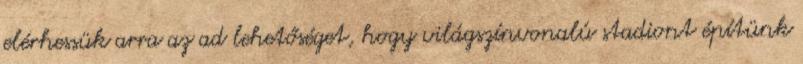
elérhessük arra az ad lehetőséget, hogy világszínvonalú stadiont építünk